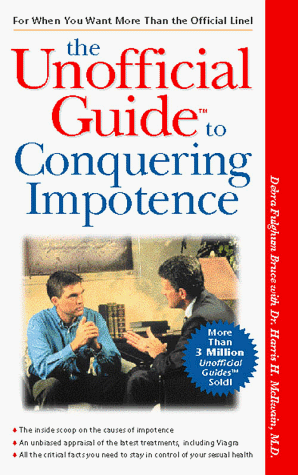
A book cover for Unofficial Guide to Impotence; Debra Fulghum Bruce; Health, Fitness & Dieting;